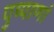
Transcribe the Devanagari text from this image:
पुष्पाणां